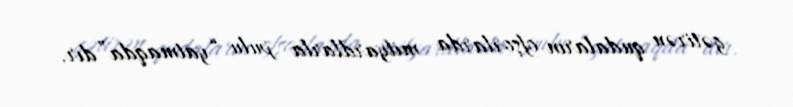
gətirən qudaların ofşorlarda milyardlarla pulu “yatmaqda”dır.